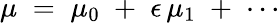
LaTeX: \mu\; =\; \mu_{0}\; +\; \epsilon\, \mu_{1}\; +\; \cdots